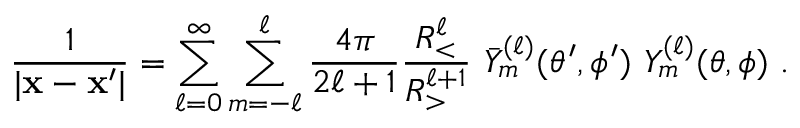
\frac { 1 } { | { \bf x } - { \bf x ^ { \prime } } | } = \sum _ { \ell = 0 } ^ { \infty } \sum _ { m = - \ell } ^ { \ell } \frac { 4 \pi } { 2 \ell + 1 } \frac { R _ { < } ^ { \ell } } { R _ { > } ^ { \ell + 1 } } \ \bar { Y } _ { m } ^ { ( \ell ) } ( \theta ^ { \prime } , \phi ^ { \prime } ) \ Y _ { m } ^ { ( \ell ) } ( \theta , \phi ) \ .